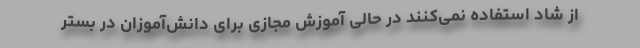
از شاد استفاده نمی‌کنند در حالی آموزش مجازی برای دانش‌آموزان در بستر